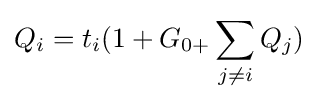
{Q_{i}}={t_{i}}(1+{G_{0+}}\sum \limits _{j\neq i}{Q_{j}})